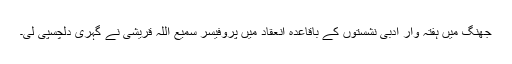
جھنگ میں ہفتہ وار ادبی نشستوں کے باقاعدہ انعقاد میں پروفیسر سمیع اللہ قریشی نے گہری دلچسپی لی۔